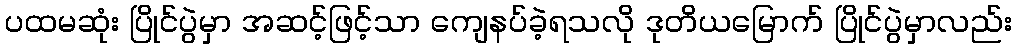
ပထမဆုံး ပြိုင်ပွဲမှာ အဆင့်ဖြင့်သာ ကျေနပ်ခဲ့ရသလို ဒုတိယမြောက် ပြိုင်ပွဲမှာလည်း